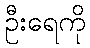
ဦးရေကို